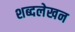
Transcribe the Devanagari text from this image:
शब्दलेखन